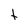
Character: t